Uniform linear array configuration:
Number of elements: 64
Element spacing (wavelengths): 0.25
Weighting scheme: hamming
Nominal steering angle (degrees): -30
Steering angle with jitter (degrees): -30.617
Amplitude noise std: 0.05
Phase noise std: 0.05

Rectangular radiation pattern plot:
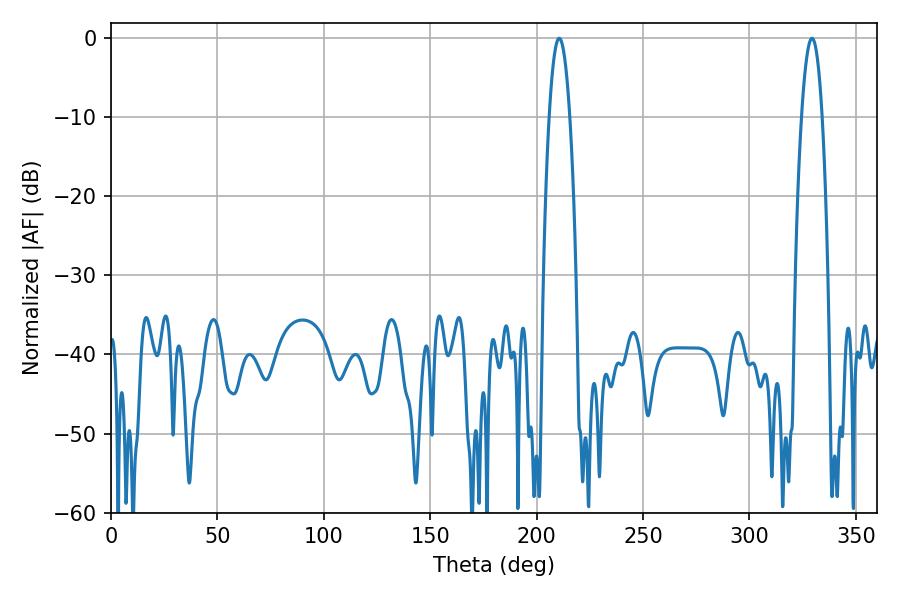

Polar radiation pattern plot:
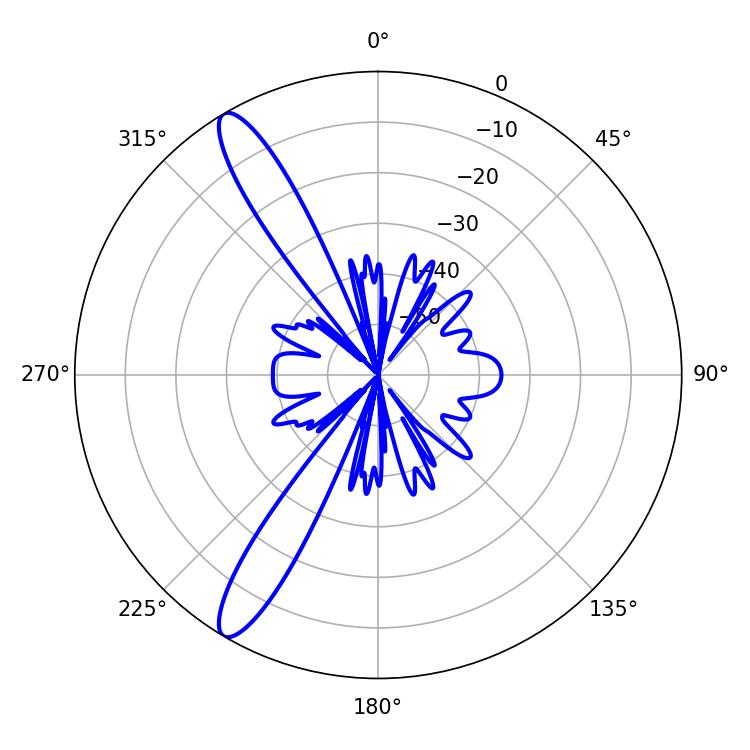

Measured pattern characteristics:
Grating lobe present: FALSE
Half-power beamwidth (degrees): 5.4
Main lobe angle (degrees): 210.6